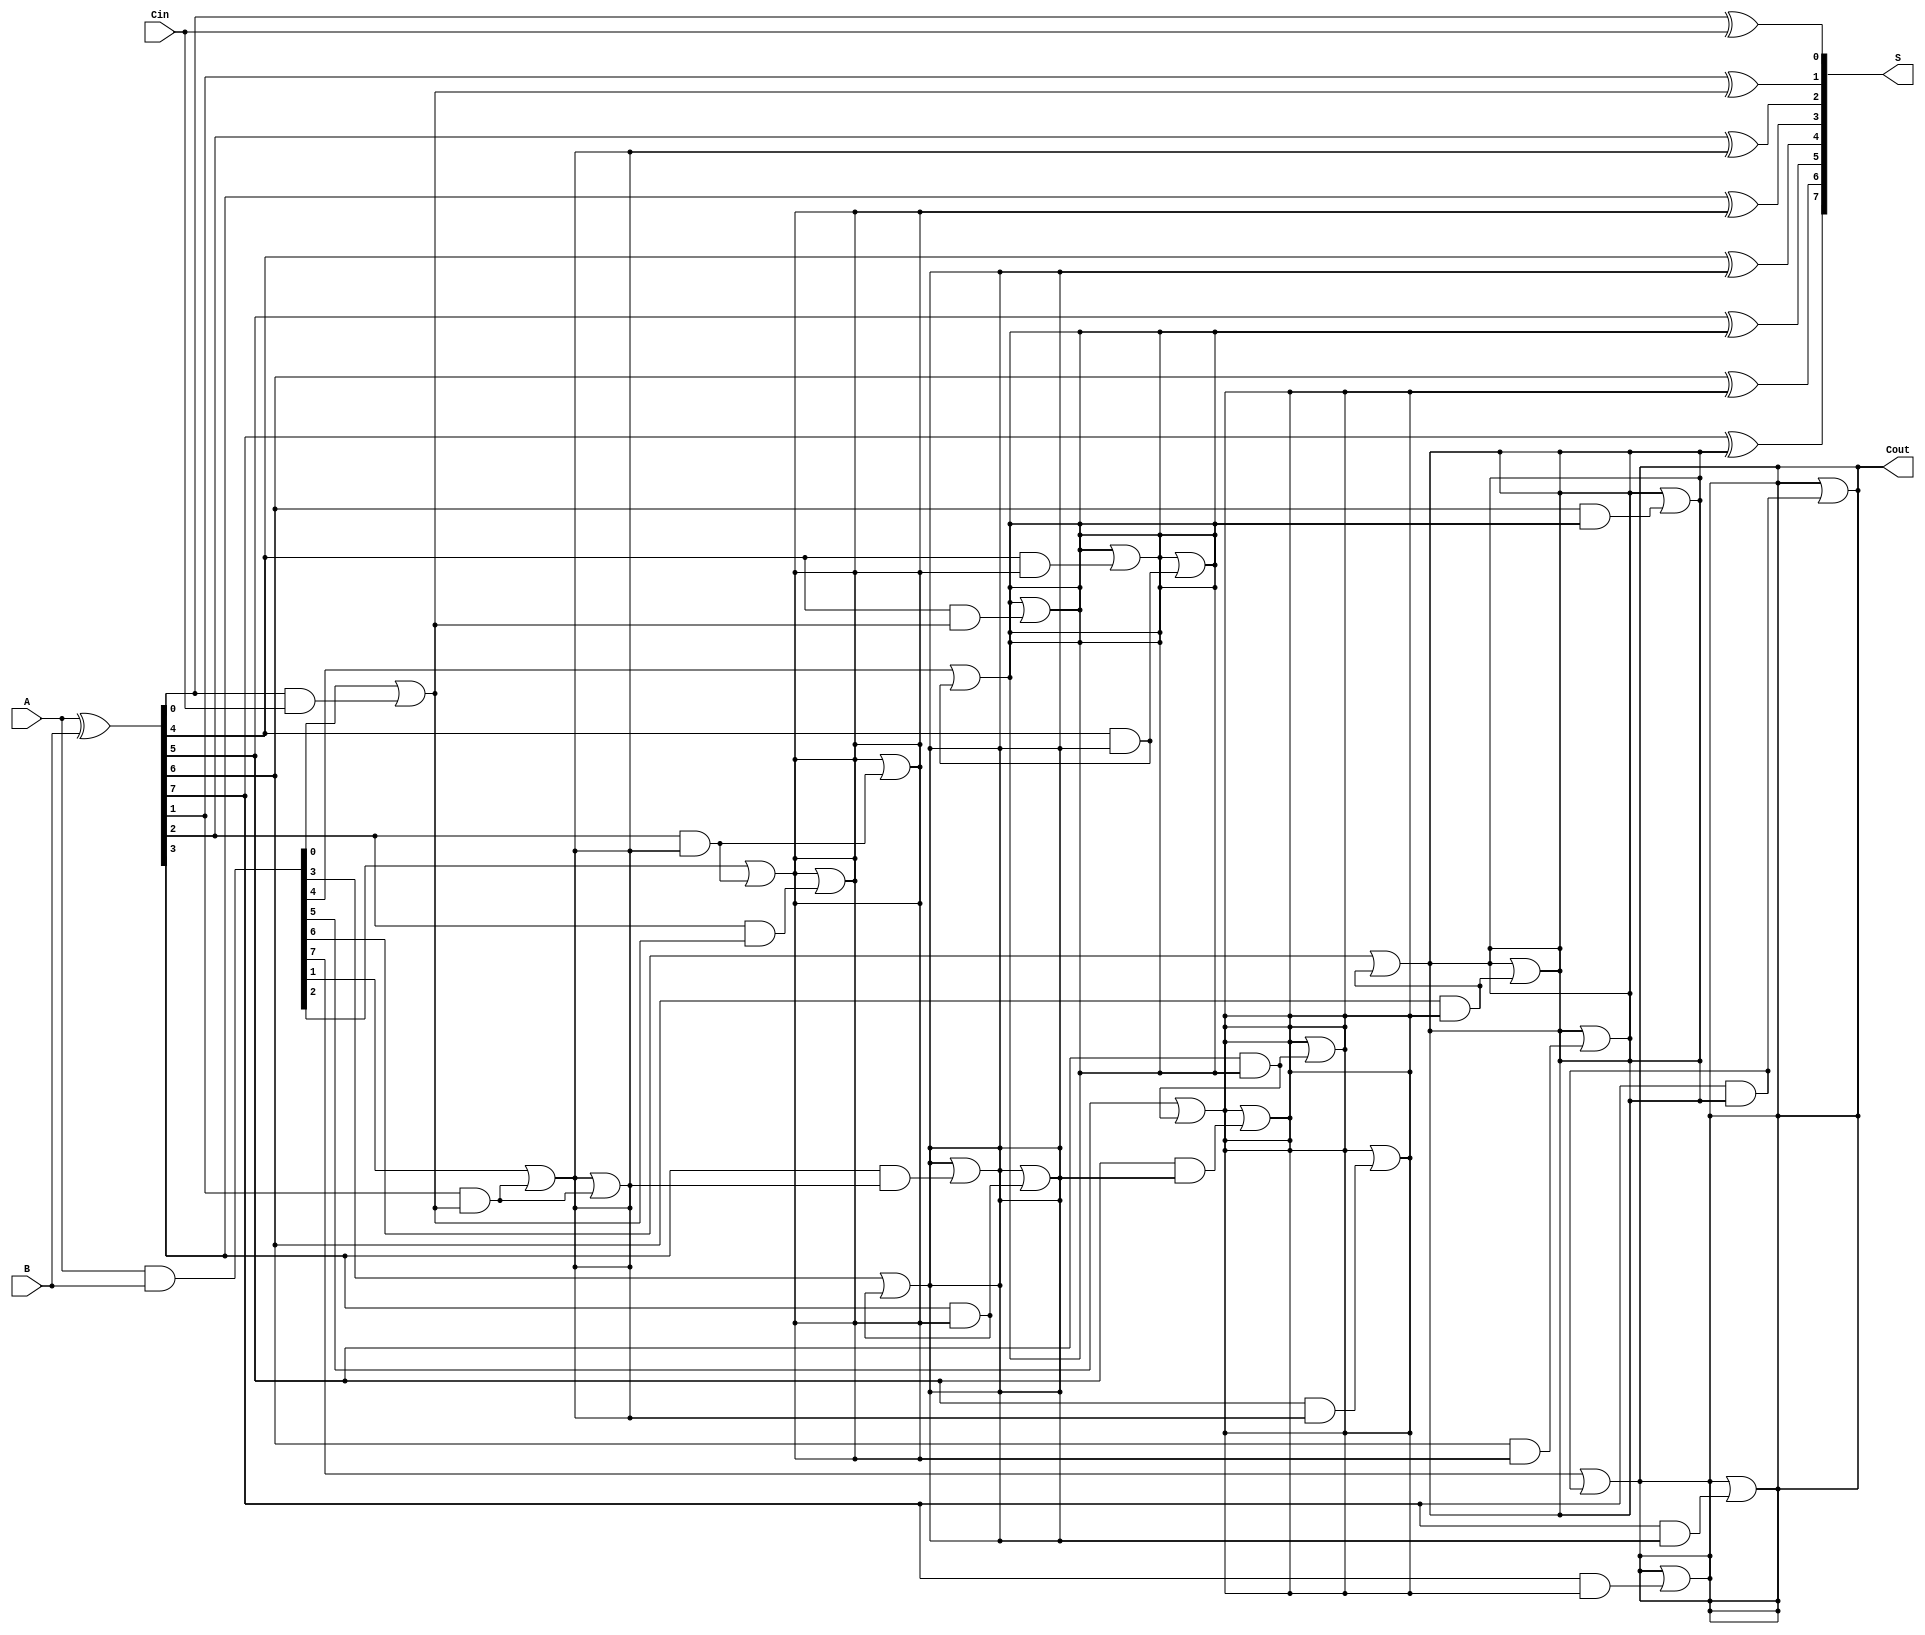
module ParallelPrefixAdder #(parameter n = 8) (
    input  [n-1:0] A,       // First n-bit input
    input  [n-1:0] B,       // Second n-bit input
    input         Cin,       // Carry-in
    output [n-1:0] S,       // n-bit sum output
    output        Cout       // Carry-out
);

    // Generate and Propagate signals
    wire [n-1:0] G; // Generate
    wire [n-1:0] P; // Propagate
    wire [n:0] C;    // Carry bits (C[0] = Cin)

    assign G = A & B;          // Generate
    assign P = A ^ B;          // Propagate
    assign C[0] = Cin;         // Initial carry-in

    // Carry generation using Kogge-Stone logic
    genvar i, j;
    
    // Level 1
    for (i = 0; i < n; i = i + 1) begin
        if (i == 0) begin
            assign C[i + 1] = G[i] | (P[i] & C[i]); // C[1] = G[0] | (P[0] & C[0])
        end else begin
            assign C[i + 1] = G[i] | (P[i] & C[i]); // C[i + 1] = G[i] | (P[i] & C[i])
        end
    end

    // Level 2
    for (j = 1; j < n; j = j * 2) begin
        for (i = 0; i < n; i = i + 1) begin
            if (i >= j) begin
                assign C[i + 1] = C[i + 1] | (P[i] & C[i - j + 1]);
            end
        end
    end

    // Sum calculation
    generate
        for (i = 0; i < n; i = i + 1) begin
            assign S[i] = P[i] ^ C[i]; // S[i] = P[i] XOR C[i]
        end
    endgenerate

    // Final carry-out
    assign Cout = C[n]; // Cout is the last carry bit

endmodule